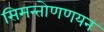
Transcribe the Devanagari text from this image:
सिमन्तोणणयन